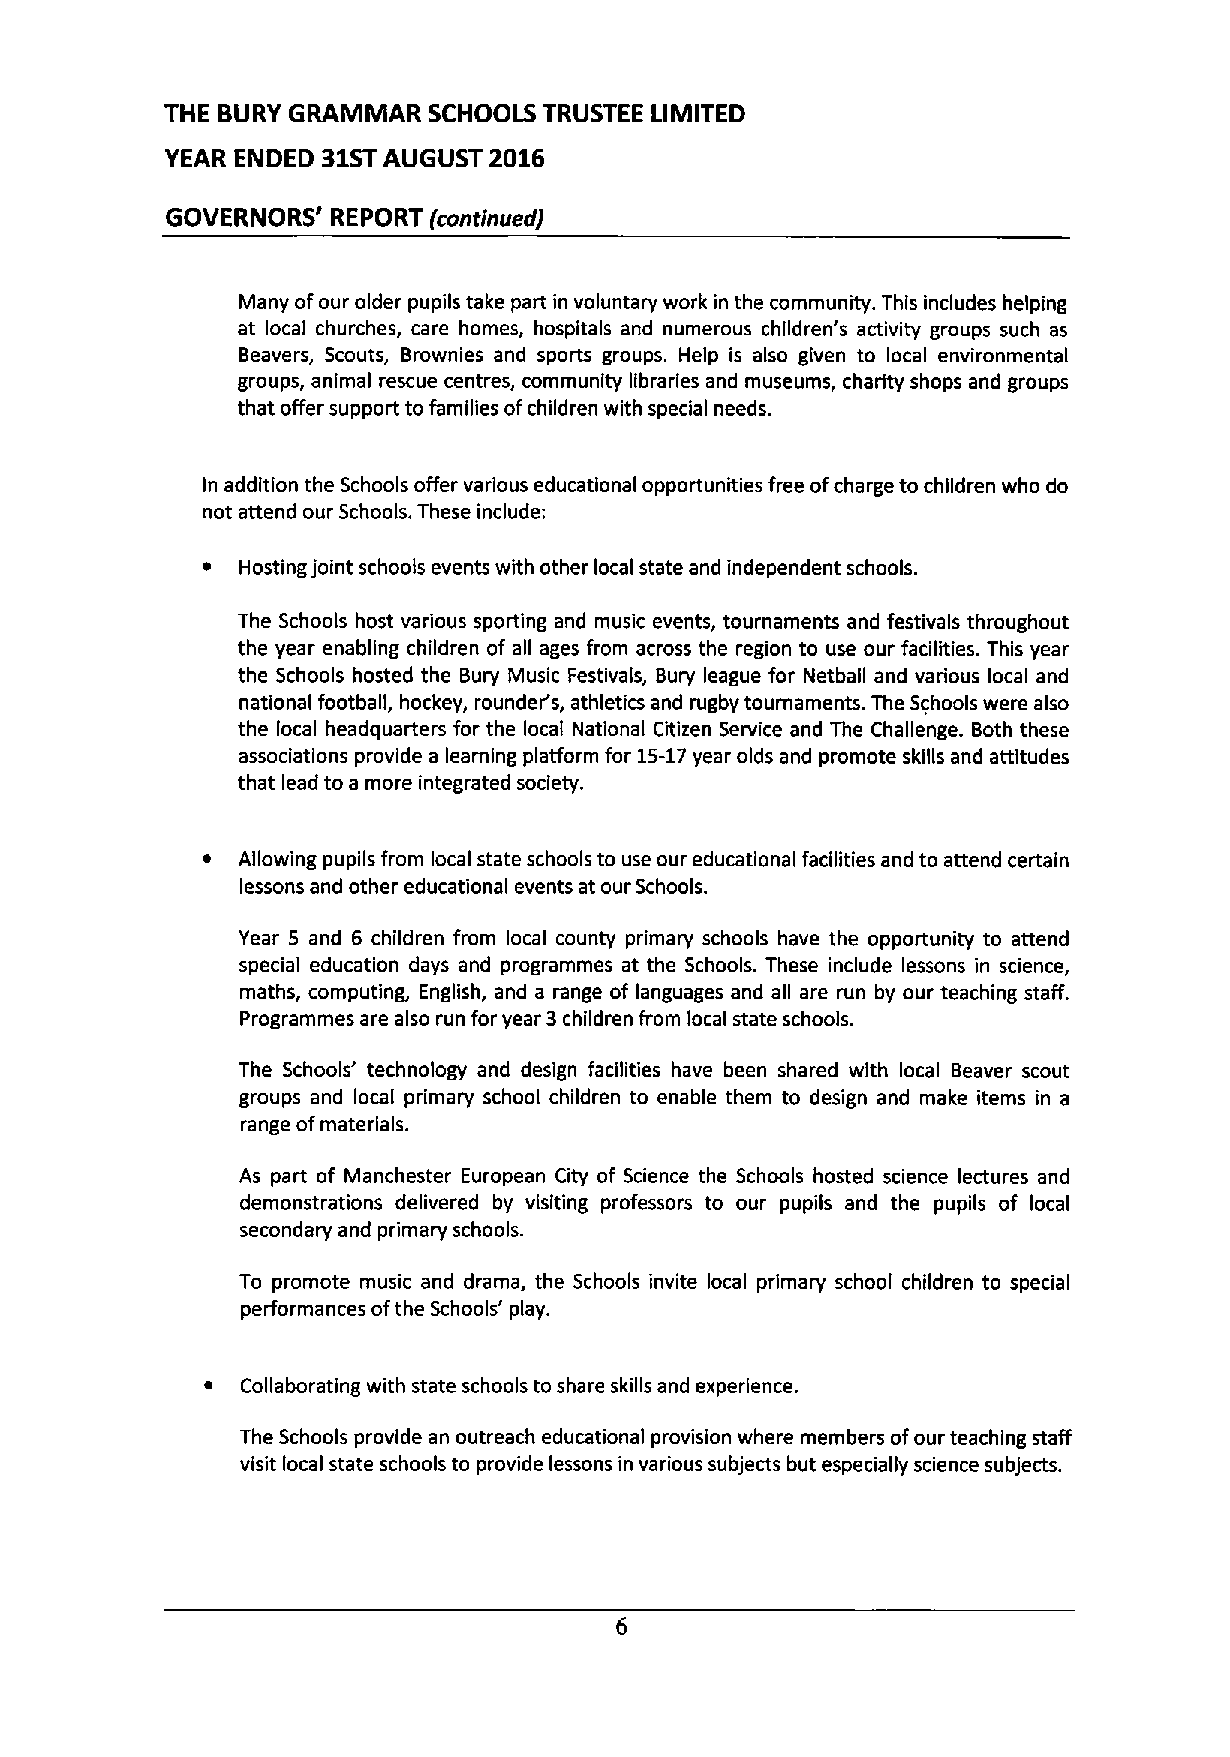
THE BURY GRAMMAR SCHOOLS TRUSTEE LIMITED
 YEAR ENDED 31STAUGUST 2016
 GOVERNORS' REPORT (contfnuedj
 Many ofour older pupils take part in voluntary work in the community. This includes helping
 at local churches, care homes, hospitals and numerous children's activity groups such as
 Beavers, Scouts, Brownies and sports groups. Help is also given to local environmental
 groups, animal rescue centres, community libraries and museums, charity shops and groups
 that offer support to families ofchildren with special needs.
 ln addition the Schools offer various educational opportunities free ofcharge to children who do
 not attend our Schools. These include:
 ~  Hosting joint schools events with other local state and independent schools.
 The Schools host various sporting and music events, tournaments and festivals throughout
 the year enabling children of all ages from across the region to use our facilities. This year
 the Schools hosted the Bury Music Festivals, Bury league for Netball and various local and
 national football, hockey, rounder's, athletics and rugby tournaments. The Schools were also
 the local headquarters for the local National Citizen Service and The Challenge. Both these
 associations provide a learning platform for 15-17year olds and promote skills and attitudes
 that lead to a more integrated society.
 ~  Allowing pupils from local state schools to use our educational facilities and to attend certain
 lessons and other educational events at our Schools.
 year 5 and 6 children from local county primary schools have the opportunity to attend
 special education days and programmes at the Schools. These include lessons in science,
 maths, computing, English, and a range of languages and all are run by our teaching staff.
 Programmes are also run for year 3children from local state schools.
 The Schools' technology and design facilities have been shared with local Beaver scout
 groups and local primary school children to enable them to design and make items in a
 range ofmaterials.
 As part of Manchester European City of Science the Schools hosted science lectures and
 demonstrations delivered by visiting professors to our pupils and the pupils of local
 secondary and primary schools.
 To promote music and drama, the Schools invite local primary school children to special
 performances ofthe Schools' play.
 ~ Collaborating with state schools to share skills and experience.
 The Schools provide an outreach educational provision where members ofour teaching staff
 visit local state schools to provide lessons in various subjects but especially science subjects.